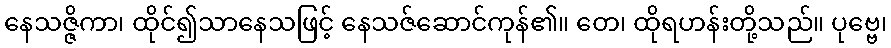
နေသဇ္ဇိကာ၊ ထိုင်၍သာနေသဖြင့် နေသဇ်ဆောင်ကုန်၏။ တေ၊ ထိုရဟန်းတို့သည်။ ပုဗ္ဗေ၊